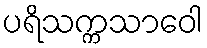
ပရိသက္ကသာဝေါ